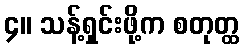
၄။ သန့်ရှင်းဖို့က စတုတ္ထ